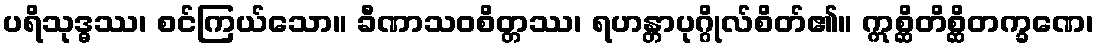
ပရိသုဒ္ဓဿ၊ စင်ကြယ်သော။ ခီဏာသဝစိတ္တဿ၊ ရဟန္တာပုဂ္ဂိုလ်စိတ်၏။ ဣစ္ဆိတိစ္ဆိတက္ခဏေ၊